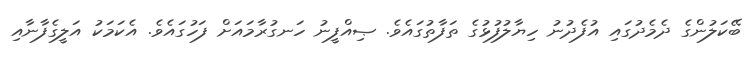
ބޭކަލުންގެ ދެމެދުގައި އުފެދުނު ހިޔާލުފުޅުގެ ތަފާތުގައެވެ. ޞިއްފީނު ހަނގުރާމައަށް ފަހުގައެވެ. އެކަމަކު އަލީގެފާނާއި